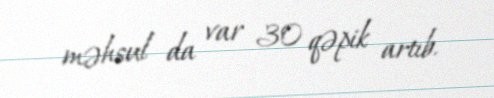
məhsul da var 30 qəpik artıb.